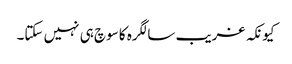
کیونکہ غریب سالگرہ کا سوچ ہی نہیں سکتا۔